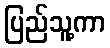
ပြည်သူ့ကာ